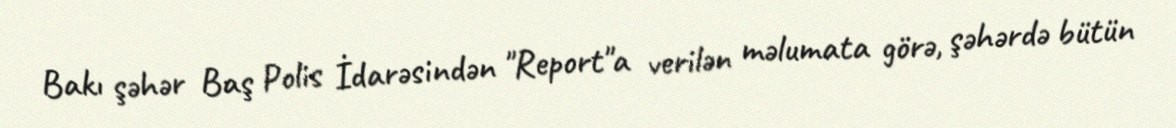
Bakı şəhər Baş Polis İdarəsindən "Report"a verilən məlumata görə, şəhərdə bütün